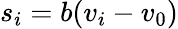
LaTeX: s_{i}=b(v_{i}-v_{0})